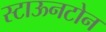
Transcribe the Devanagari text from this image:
स्टाऊनटोन